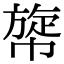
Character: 𢄲